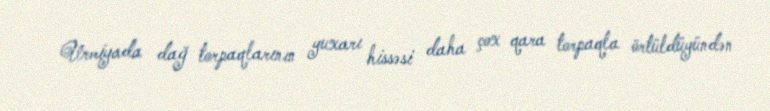
Urmiyada dağ torpaqlarının yuxarı hissəsi daha çox qara torpaqla örtüldüyündən